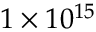
1 \times 1 0 ^ { 1 5 }